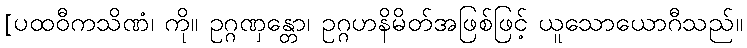
[ပထဝီကသိဏံ၊ ကို။ ဥဂ္ဂဏှန္တော၊ ဥဂ္ဂဟနိမိတ်အဖြစ်ဖြင့် ယူသောယောဂီသည်။